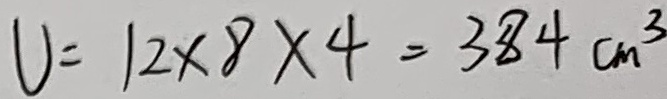
U = 1 2 \times 8 \times 4 = 3 8 4 c m ^ { 3 }